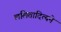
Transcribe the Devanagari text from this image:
ललितादित्यने